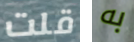
قلت به